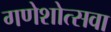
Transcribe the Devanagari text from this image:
गणेशोत्सवा